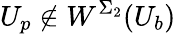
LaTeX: U_{p}\notin W^{\Sigma_{2}}(U_{b})